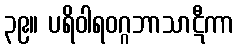
၃၉။ ပရိဝါရဝဂ္ဂဘာသာဋီကာ